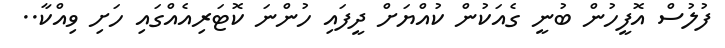
ފުލުސް އޮފީހުން ބުނީ ގެއަކުން ކުއްޔަށް ދީފައި ހުންނަ ކޮޓަރިއެއްގައި ހަށި ވިއްކާ..